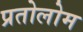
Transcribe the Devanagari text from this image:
प्रतोलोम